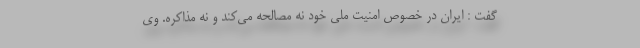
گفت : ایران در خصوص امنیت ملی خود نه مصالحه می‌کند و نه مذاکره. وی